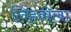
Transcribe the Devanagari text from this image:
लिहवीला